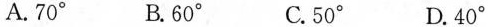
A.70^{\circ} B.60^{\circ} C.50^{\circ} D.40^{\circ}